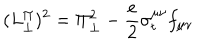
LaTeX: ( L _ { \perp } ^ { \Pi } ) ^ { 2 } = \Pi _ { \perp } ^ { 2 } - \frac { e } { 2 } \sigma _ { t } ^ { \mu \nu } f _ { \mu \nu }